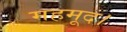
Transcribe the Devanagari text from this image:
महमूद।